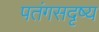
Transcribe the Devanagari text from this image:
पतंगसदृष्य